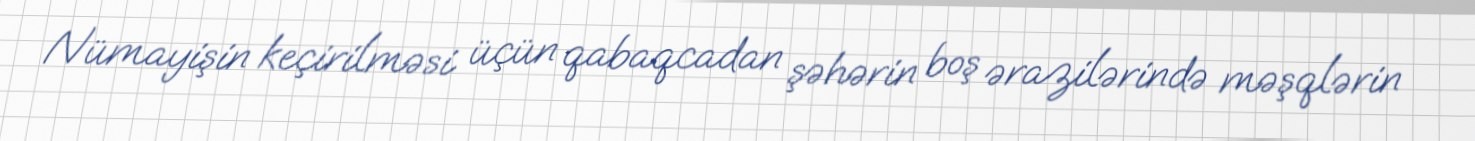
Nümayişin keçirilməsi üçün qabaqcadan şəhərin boş ərazilərində məşqlərin